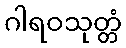
ဂါရဝသုတ္တံ